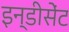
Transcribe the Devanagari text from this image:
इन्डीसेंट